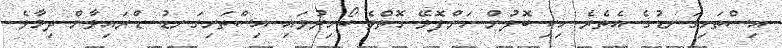
އިސްތަށިގަނޑުގެ އެތެރެ ހިކި ބޮލުން ހަންފޮޅޭ ގޮތްވެ ބޯހިރުވައި އިސްތަށިގަނޑު ޑްރައިވާން ދިމާވެ